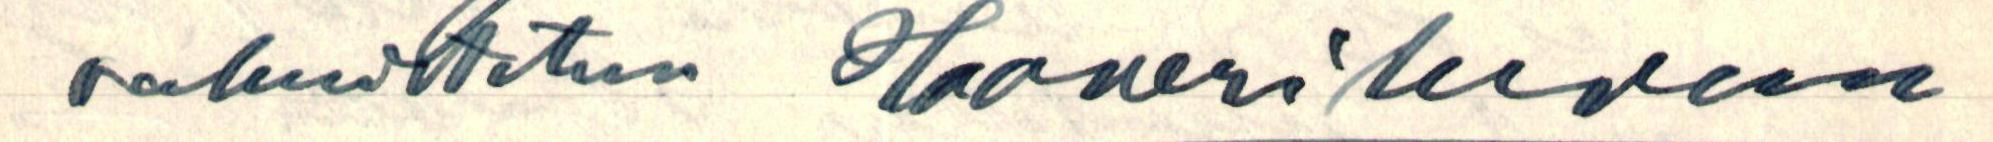
rakuvitetun Haaverikuvan